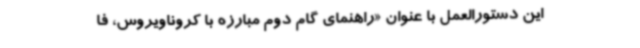
این دستورالعمل با عنوان «راهنمای گام دوم مبارزه با کروناویروس، فا